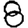
Digit: 8